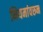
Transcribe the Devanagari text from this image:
नियमांवरुन